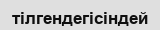
тілгендегісіндей